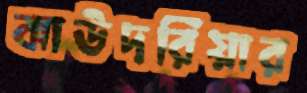
ঝাউদরিয়ার